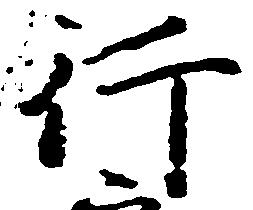
行